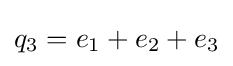
q_{3}=e_{1}+e_{2}+e_{3}